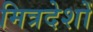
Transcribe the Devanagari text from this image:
मित्रदेशों